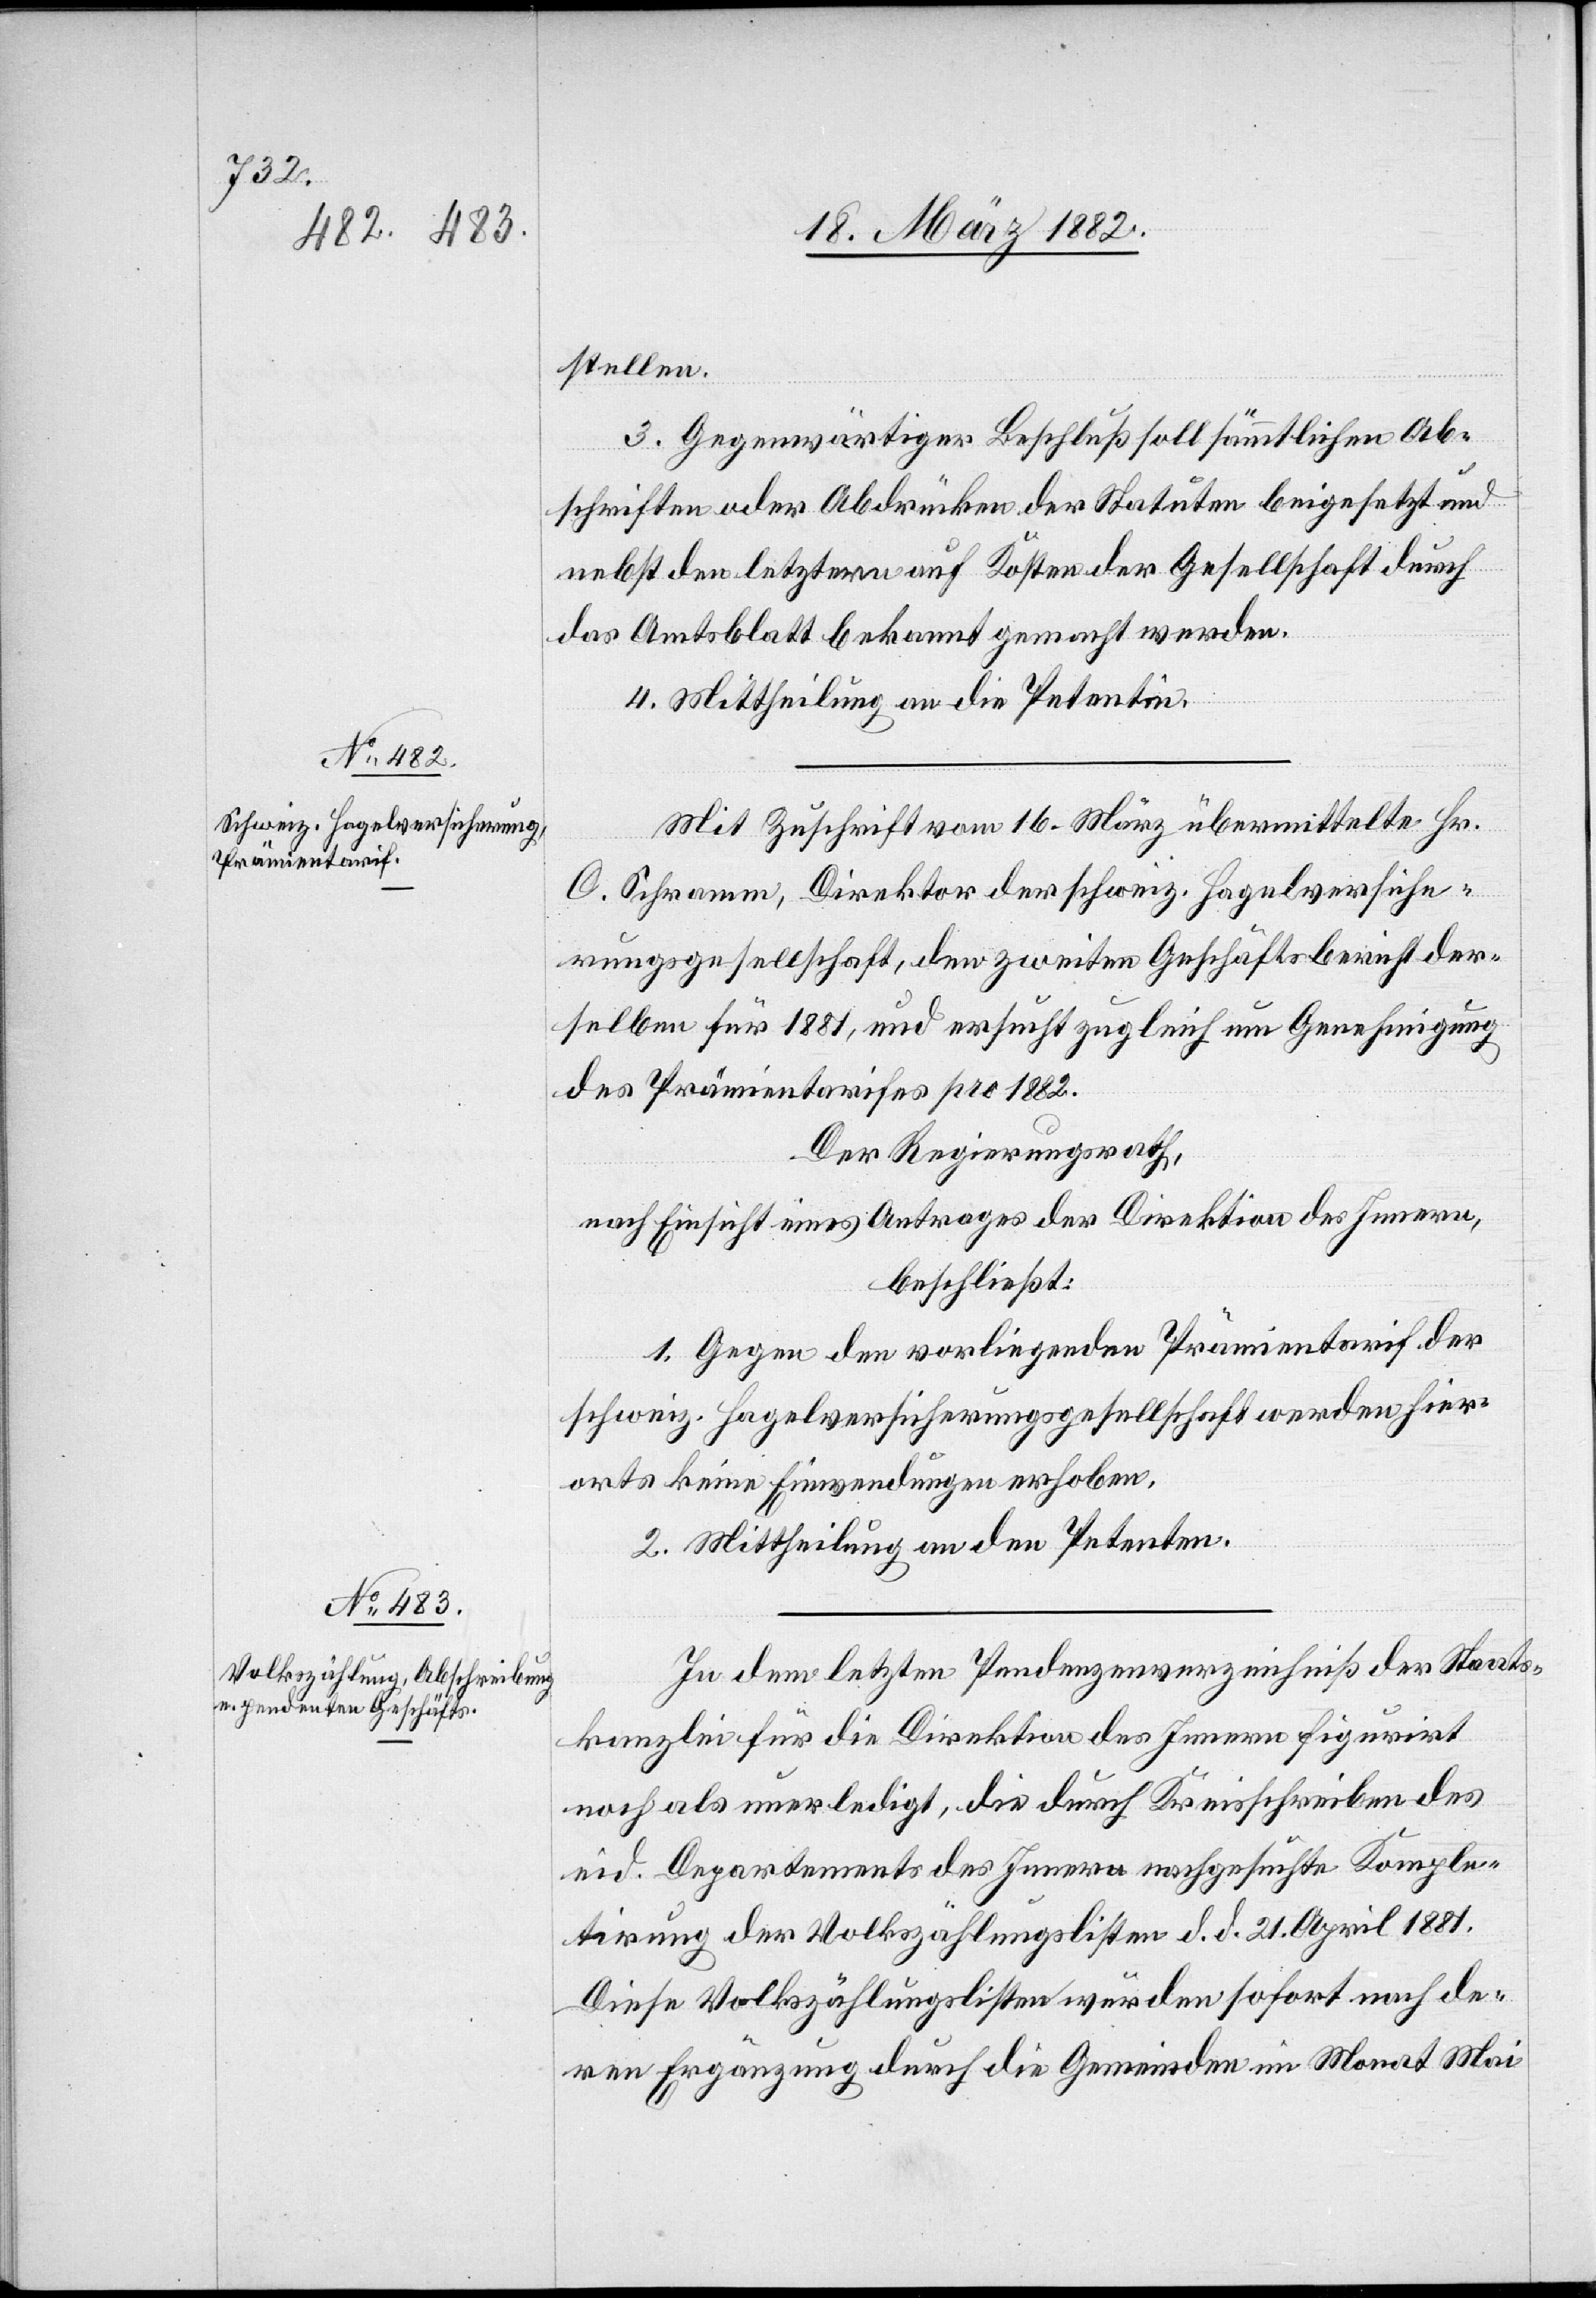
stellen.
3. Gegenwärtiger Beschluß soll sämmtliche Ab¬
schriften oder Abdrücke der Statuten beigesetzt und
nebst den letztern auf Kosten der Gesellschaft durch
das Amtsblatt bekannt gemacht werden.
4. Mittheilung an die Petentin.
Mit Zuschrift vom 16. März übermittelte Hr.
C. Schramm, Direktor der schweiz. Hagelversiche¬
rungsgesellschaft, den zweiten Geschäftsbericht der¬
selben für 1881, und ersucht zugleich um Genehmigung
des Prämientarifes pro 1882.
Der Regierungsrath,
nach Einsicht eines Antrages der Direktion des Innern,
beschließt:
1. Gegen den vorliegenden Prämientarif der
schweiz. Hagelversicherungsgesellschaft werden hier¬
orts keine Einwendungen erhoben.
2. Mittheilung an den Petenten.
In dem letzten Pendenzenverzeichniß der Staats¬
kanzlei für die Direktion des Innern figurirt
noch als unerledigt, die durch Kreisschreiben des
eid. Departements des Innern nachgesuchte Komple¬
tirung der Volkszählungslisten d. d. 21. April 1881.
Diese Volkszählungslisten wurden sofort nach de¬
ren Ergänzung durch die Gemeinden im Monat Mai